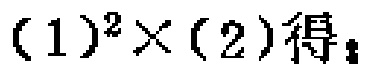
$(1)^2\times(2)得：$